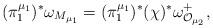
LaTeX: \begin{align*}(\pi_1^{\mu_1})^*\omega_{M_{\mu_1}} =(\pi_1^{\mu_1})^*(\chi)^*\omega_{\mathcal{O}_{\mu_2}}^+,\end{align*}